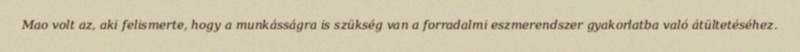
Mao volt az, aki felismerte, hogy a munkásságra is szükség van a forradalmi eszmerendszer gyakorlatba való átültetéséhez.